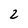
Character: 2